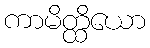
ကာမိတ္ထိယော